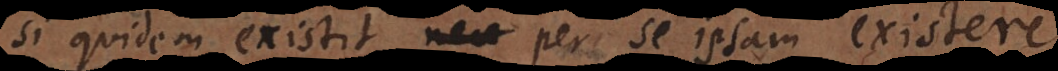
si quidem existit, nec per se ipsam existere,